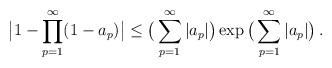
LaTeX: \begin{align*} \big| 1-\prod_{p=1}^\infty (1-a_p)\big| \leq \big( \sum_{p=1}^\infty |a_p| \big)\exp \big( \sum_{p=1}^\infty |a_p| \big) \, . \end{align*}